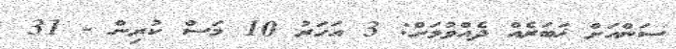
ސަންއަށް ޚަބަރެއް ދެއްވުމަށް: 3 އަހަރު 10 މަސް ކުރިން - 31